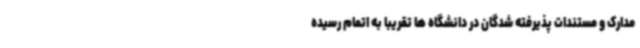
مدارک و مستندات پذیرفته شدگان در دانشگاه ها تقریبا به اتمام رسیده